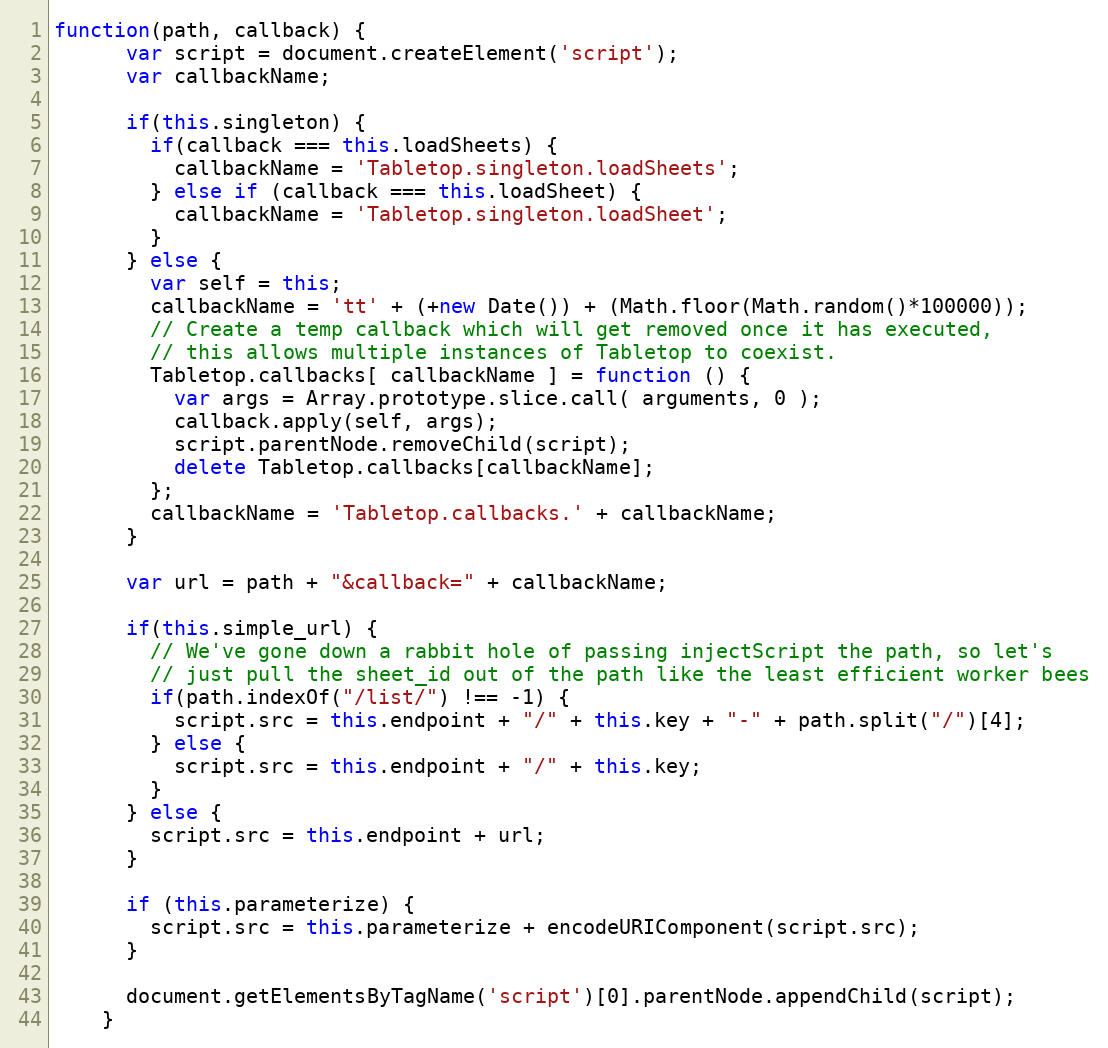
Language: JavaScript
function(path, callback) {
      var script = document.createElement('script');
      var callbackName;

      if(this.singleton) {
        if(callback === this.loadSheets) {
          callbackName = 'Tabletop.singleton.loadSheets';
        } else if (callback === this.loadSheet) {
          callbackName = 'Tabletop.singleton.loadSheet';
        }
      } else {
        var self = this;
        callbackName = 'tt' + (+new Date()) + (Math.floor(Math.random()*100000));
        // Create a temp callback which will get removed once it has executed,
        // this allows multiple instances of Tabletop to coexist.
        Tabletop.callbacks[ callbackName ] = function () {
          var args = Array.prototype.slice.call( arguments, 0 );
          callback.apply(self, args);
          script.parentNode.removeChild(script);
          delete Tabletop.callbacks[callbackName];
        };
        callbackName = 'Tabletop.callbacks.' + callbackName;
      }

      var url = path + "&callback=" + callbackName;

      if(this.simple_url) {
        // We've gone down a rabbit hole of passing injectScript the path, so let's
        // just pull the sheet_id out of the path like the least efficient worker bees
        if(path.indexOf("/list/") !== -1) {
          script.src = this.endpoint + "/" + this.key + "-" + path.split("/")[4];
        } else {
          script.src = this.endpoint + "/" + this.key;
        }
      } else {
        script.src = this.endpoint + url;
      }

      if (this.parameterize) {
        script.src = this.parameterize + encodeURIComponent(script.src);
      }

      document.getElementsByTagName('script')[0].parentNode.appendChild(script);
    }